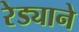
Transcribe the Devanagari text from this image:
रेड्याने